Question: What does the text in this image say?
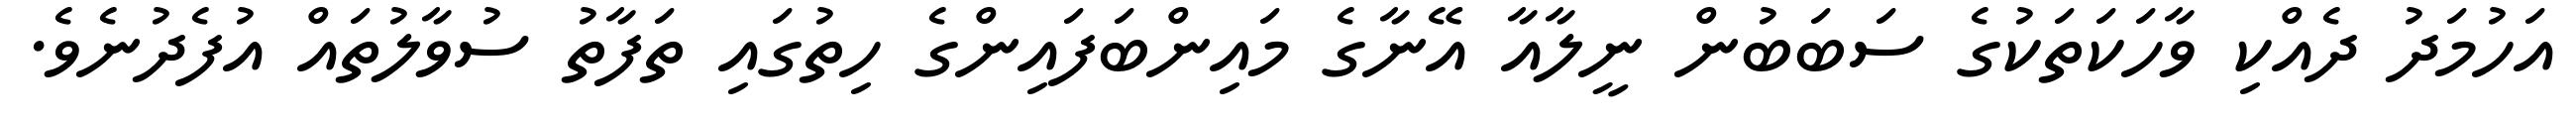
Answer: އަހުމަދު ދެއްކި ވާހަކަތަކުގެ ސަބަބުން ނީލާއާ އޭނާގެ މައިންބަފައިންގެ ހިތުގައި ތަފާތު ސުވާލުތައް އުފެދުނެވެ.